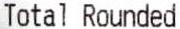
TOTAL ROUNDED